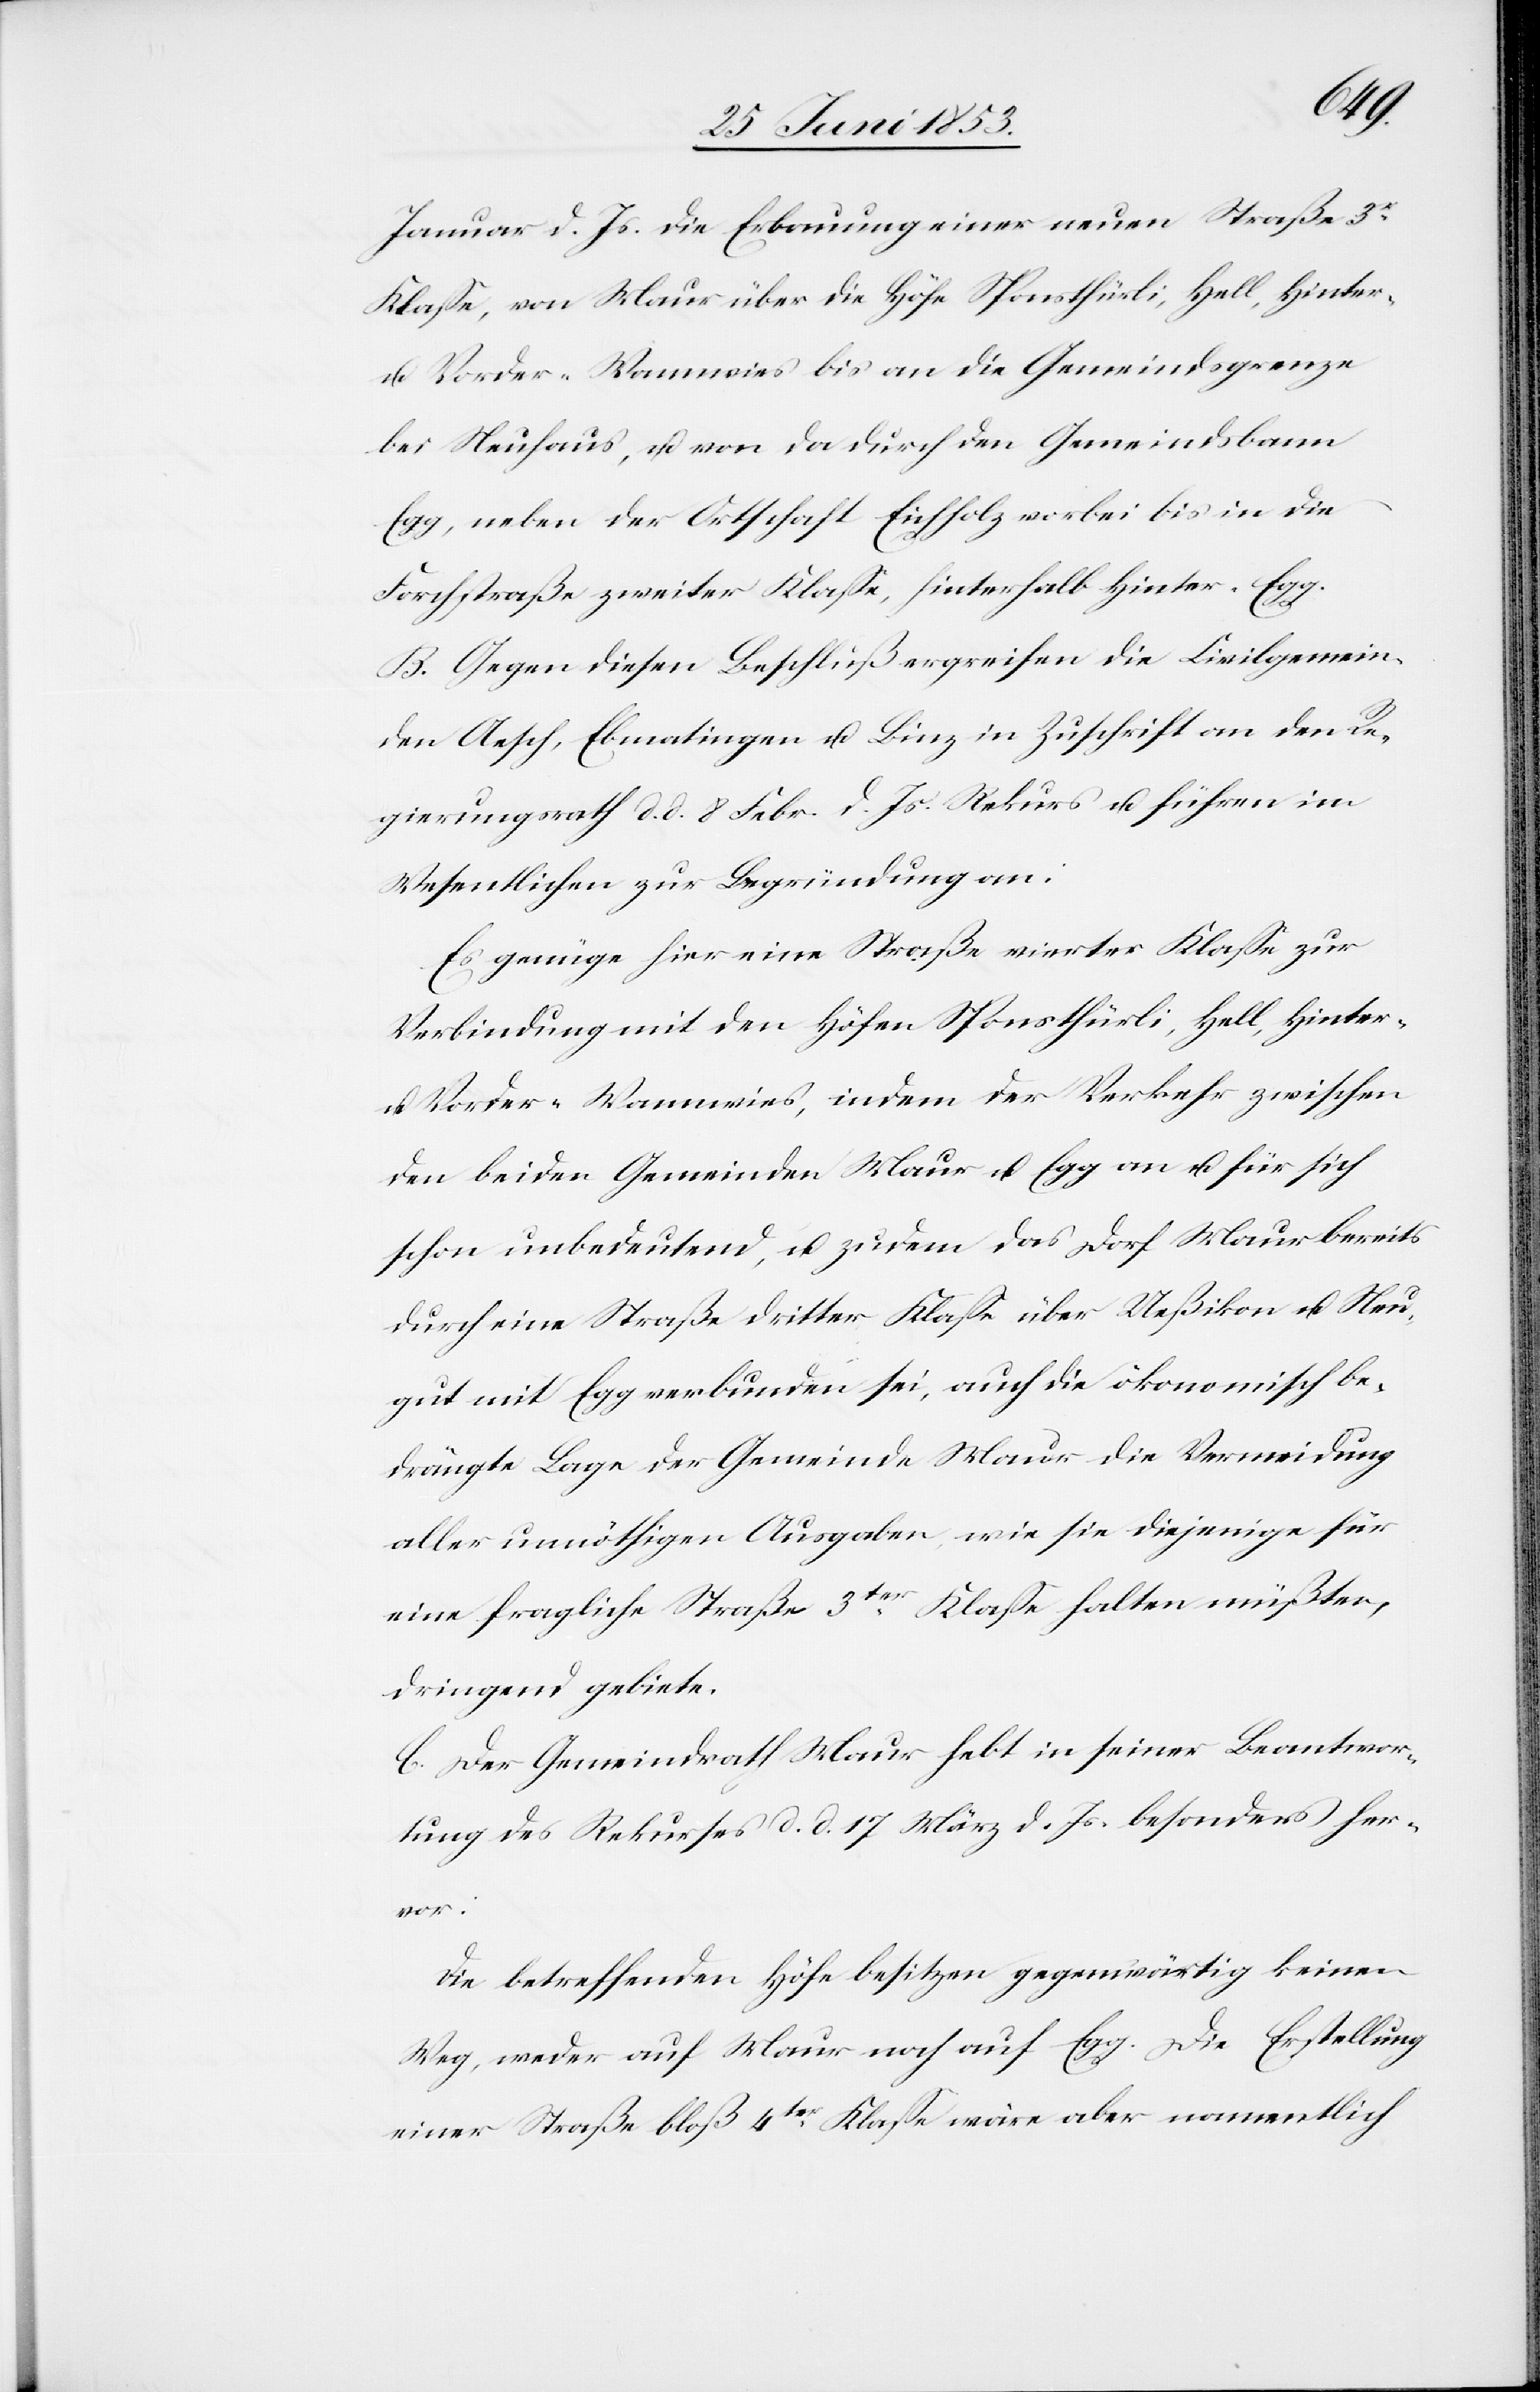
Januar d. Js. die Erbauung einer neuen Straße 3r.
Klaße, von Maur über die Höfe Sponsthürli, Hell, Hinter-
u. Vorder-Wannwies bis an die Gemeindsgrenze
bei Neuhaus, u. von da durch den Gemeindsbann
Egg, neben der Ortschaft Eichholz vorbei bis in die
Forchstraße zweiter Klaße, hinterhalb Hinter-Egg.
B. Gegen diesen Beschluß ergreifen die Civilgemein¬
den Aesch, Ebmantingen u. Binz in Zuschrift an den Re¬
gierungsrath d. d. 8 Febr. d. Js. Rekurs u. führen im
Wesentlichen zur Begründung an:
Es genüge hier eine Straße vierter Klaße zur
Verbindung mit den Höfen Sponsthürli, Hell, Hinte¬
r-Vorder-Wannwies, indem der Verkehr zwischen
den beiden Gemeinden Maur u. Egg an u. für sich
schon unbedeutend, u. zudem das Dorf Maur bereits
durch eine Straße dritter Klaße über Ueßikon u. Neu¬
gut mit Egg verbunden sei, auch die ökonomisch be¬
drängte Lage der Gemeinde Maur die Vermeidung
aller unnöthigen Ausgaben wie sie diejenige für
eine fragliche Straße 3ter. Klaße halten müßten,
dringend gebiete.
C. Der Gemeindrath Maur hebt in seiner Beantwor¬
tung des Rekurses d. d. 17 März d. Js. besonders her¬
vor:
Die betreffenden Höfe besitzen gegenwärtig keinen
Weg, weder auf Maur noch auf Egg. Die Erstellung
einer Straße bloß 4ter. Klaße wäre aber namentlich